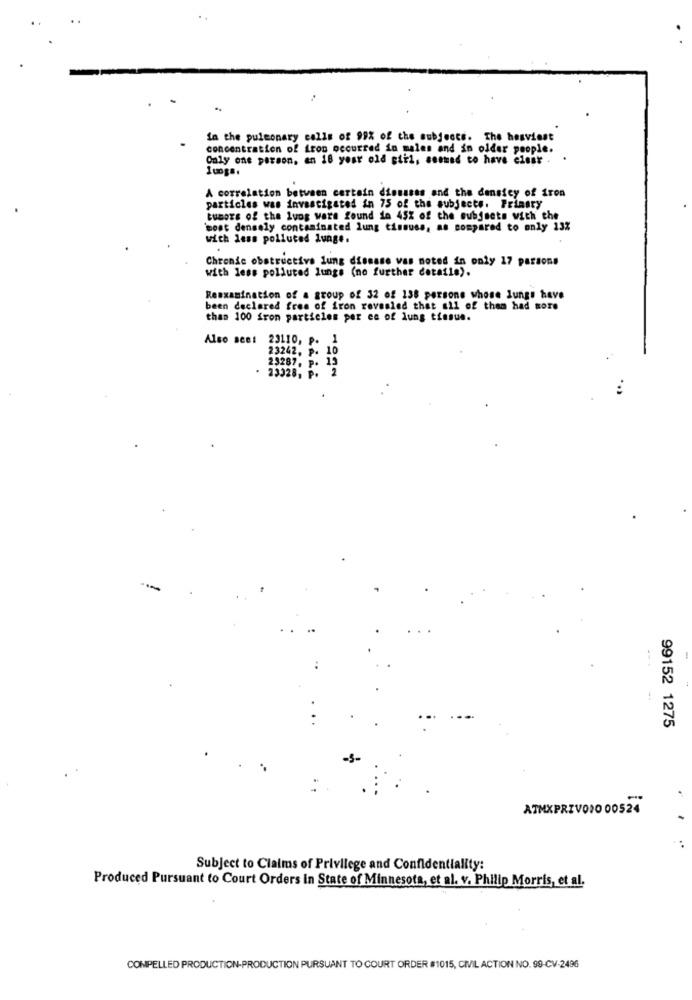
in the pulmonary calls of 99% of the subjects. The heaviest
concentration of iron occurred in males and in older people.
Only one person, an 18 year old stil, seemed to have elsar . .
1ungs.
A correlation between certain diseases and the densicy of iron
particles was investigated in 75 of the subjects. Primary
tumors of the luog wars found do 45% of the subjects with the
'most densely contaminated lung tissues, as compared to only 13%
with less polluted Junge.
Chronic obstructive lung disease vas noted in only 17 parsons
with less polluted lungs (no further details).
Reexamination of a group of 32 of 138 persone whose Jungs have
been declared free of iron revealed that all of them had more
than 100 fron particles per ee of lung tissue.
Also see: 23110, p. 1
23242. p. 10
23287, P. 13
. 23328, P. 2
:
--
99152 1275
ATMXPRIVONO 00524
..
Subject to Claims of Privilege and Confidentiality:
Produced Pursuant to Court Orders in State of Minnesota, et al. v. Philip Morris, et al.
COMPELLED PRODUCTION-PRODUCTION PURSUANT TO COURT ORDER #1015, CIVIL ACTION NO. 99-CV-2496